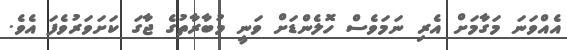
އެއްވަނަ މަގާމަށް އެރި ނަމަވެސް ހޮލެންޑަށް ވަނީ މުބާރާތުގެ ޖާގަ ކަށަވަރުވެފަ އެވެ.